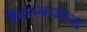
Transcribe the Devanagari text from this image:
हैमरस्कजोल्ड